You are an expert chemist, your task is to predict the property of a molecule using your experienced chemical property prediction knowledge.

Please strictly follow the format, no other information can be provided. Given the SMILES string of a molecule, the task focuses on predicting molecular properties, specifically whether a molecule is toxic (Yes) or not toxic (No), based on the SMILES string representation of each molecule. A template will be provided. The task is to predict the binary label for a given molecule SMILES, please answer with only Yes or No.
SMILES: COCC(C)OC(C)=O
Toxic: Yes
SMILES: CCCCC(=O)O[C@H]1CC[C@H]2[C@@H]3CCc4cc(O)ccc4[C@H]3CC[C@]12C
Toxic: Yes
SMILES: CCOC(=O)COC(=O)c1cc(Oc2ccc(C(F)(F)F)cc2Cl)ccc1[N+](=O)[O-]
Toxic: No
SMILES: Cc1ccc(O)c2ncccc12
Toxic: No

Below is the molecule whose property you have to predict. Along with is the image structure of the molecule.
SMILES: CC1=C2[C@H](/C=C(\C)C(=O)O)CC[C@@H](C)[C@H]2CC1
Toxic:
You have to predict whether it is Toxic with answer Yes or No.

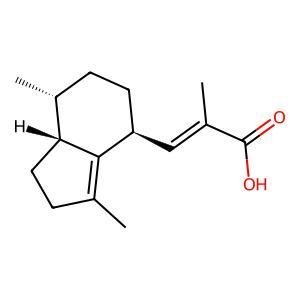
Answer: No